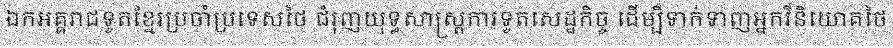
ឯកអគ្គរាជទូតខ្មែរប្រចាំប្រទេសថៃ ជំរុញយុទ្ធសាស្ត្រការទូតសេដ្ឋកិច្ច ដើម្បីទាក់ទាញអ្នកវិនិយោគថៃ